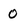
Character: 0